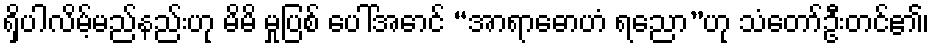
ရှိပါလိမ့်မည်နည်းဟု မိမိ မှုပြစ် ပေါ်အောင် “အာရာဓောဟံ ရညော”ဟု သံတော်ဦးတင်၏၊